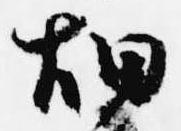
畑